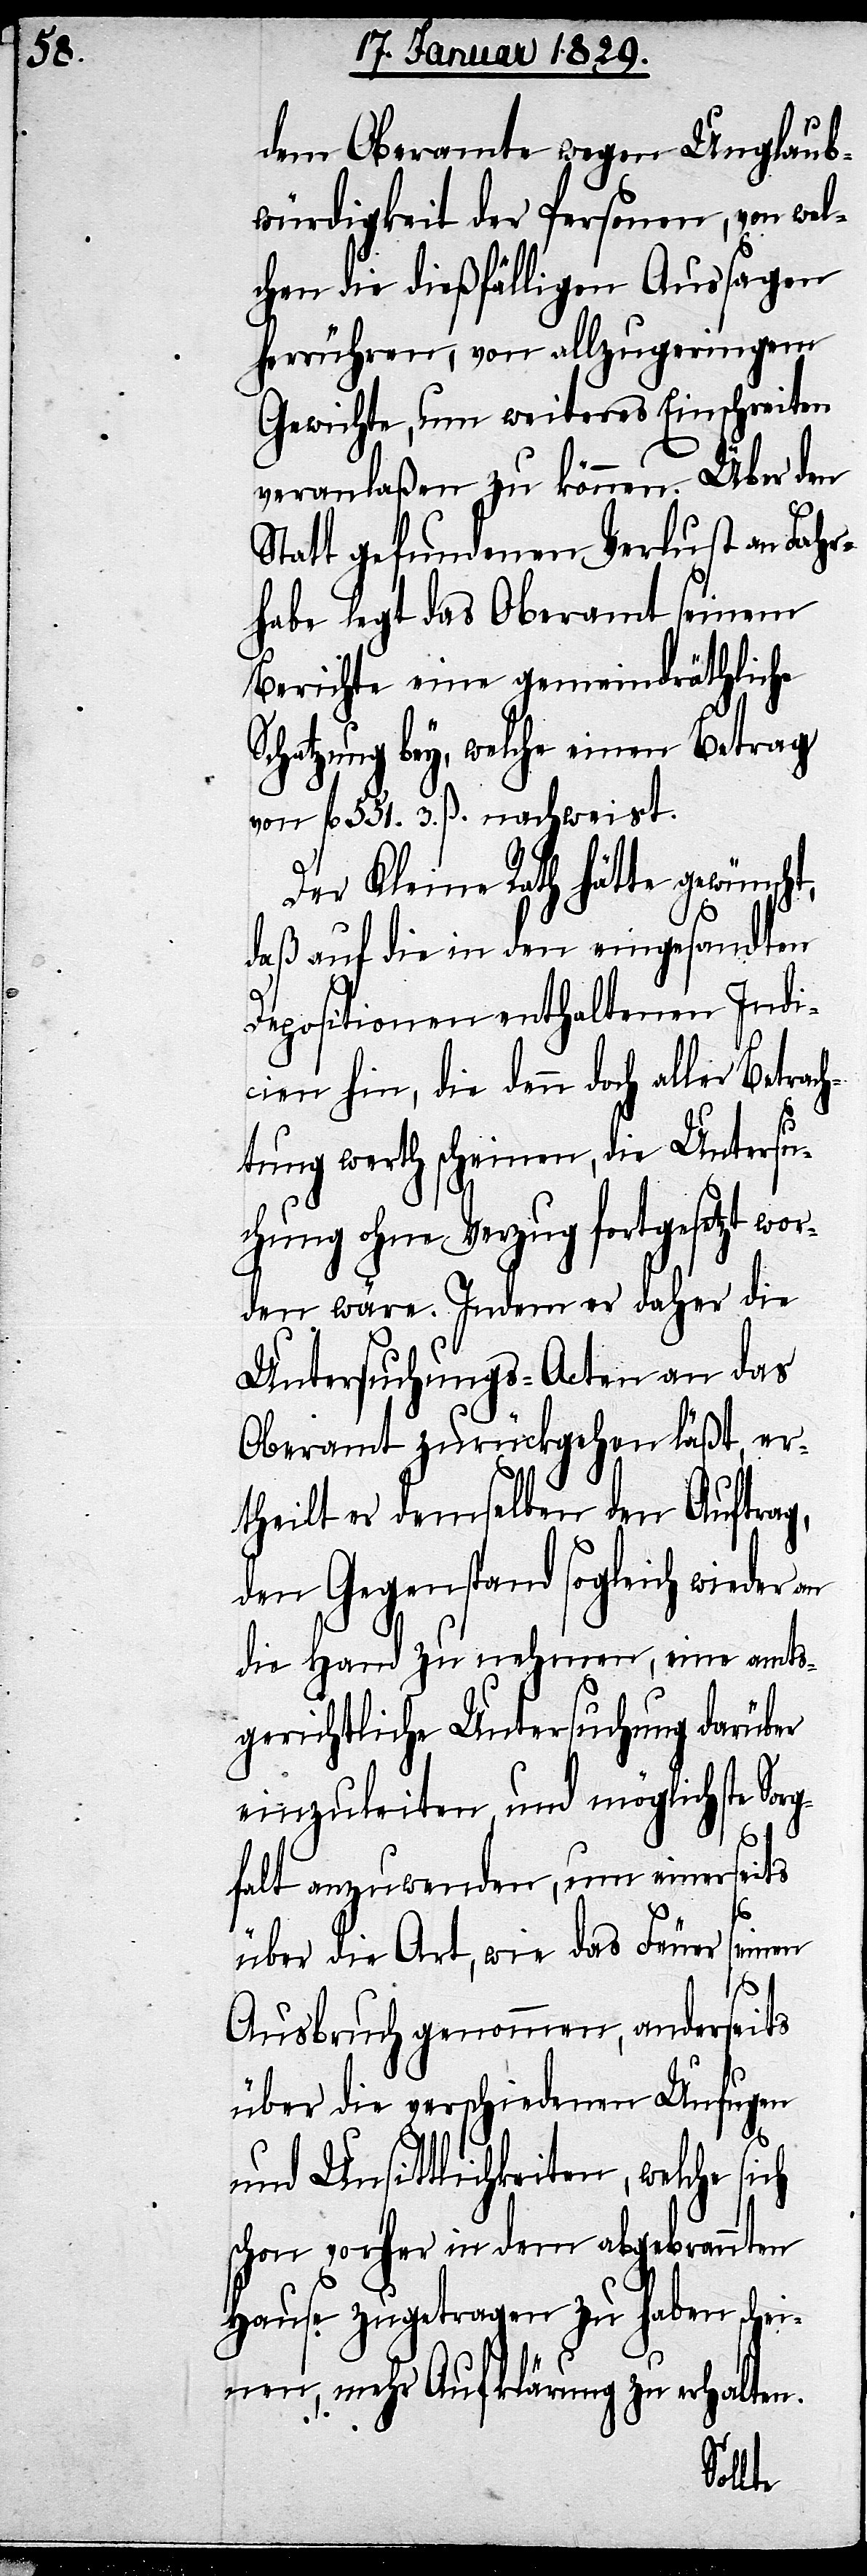
dem Oberamte wegen Unglaub¬
würdigkeit der Personen, von wel¬
chen die dießfälligen Aussagen
herrühren, von allzugeringem
Gewichte, um weiteres Einschreiten
veranlaßen zu können. Über den
Statt gefundenen Verlust an Fahr¬
habe legt das Oberamt seinem
Berichte eine gemeindräthliche
Schatzung bey, welche einen Betrag
von fl. 551. 3. ß. nachweist.
Der Kleine Rath hätte gewünsch¬
daß auf die in den eingesandten
Depositionen enthaltenen Indi¬
cien hin, die denn doch aller Betr¬
tung werth scheinen, die Untersu¬
chung ohne Verzug fortgesetzt wor¬
den wäre. Indem er daher die
Untersuchungs-Acten an das
Oberamt zurückgehen läßt, er¬
theilt er demselben den Auftrag,
den Gegenstand sogleich wieder an
die Hand zu nehmen, eine amts¬
gerichtliche Untersuchung darüber
einzuleiten, und möglichste Sor¬
gfalt anzuwenden, um einerseits
t,
seinen
über die Art, wie das Feuer
ach¬
Ausbruch genommen, anderseits
über die verschiedenen Unfugen
und Unsittlichkeiten, welche sich
schon vorher in dem abgebrannten
Hause zugetragen zu haben schei¬
nen, mehr Aufklärung zu erhalten.